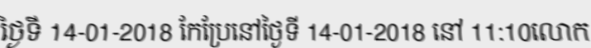
ថ្ងៃទី 14-01-2018 កែប្រែនៅថ្ងៃទី 14-01-2018 នៅ 11:10លោក